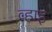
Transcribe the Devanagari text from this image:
व्हाइ